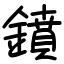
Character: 鐼